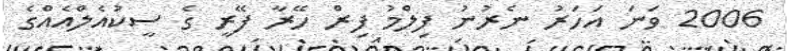
2006 ވަނަ އަހަރު ނެރުނު ފިލްމު ފިރް ހޭރާ ފޭރީ ގެ ސީކުއެލްއެއްގެ